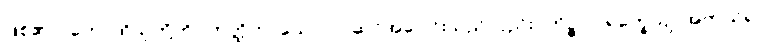
ဖြစ်၏။) တေ၊ ထိုသူတို့ကို။ ဟတ္ထိကာယော ဝါ၊ ဆင်အပေါင်းသည်လည်း။ ကိဉ္စာပိ ရက္ခေယျ၊ အကယ်၍